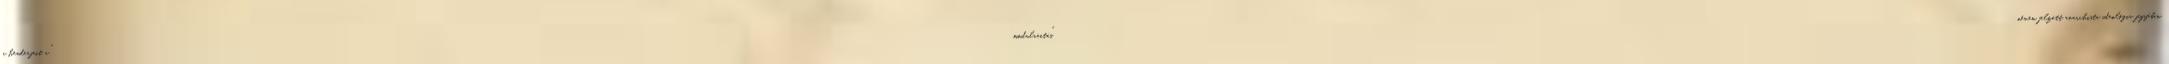
a headerjeit a "modularitás" néven jelzett anarchista ideológia jegyében